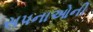
સપનાઓની